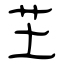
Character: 芏